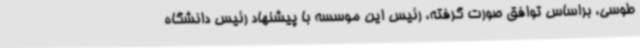
طوسی، براساس توافق صورت گرفته، رئیس این موسسه با پیشنهاد رئیس دانشگاه